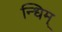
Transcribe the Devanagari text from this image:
न्धिम्